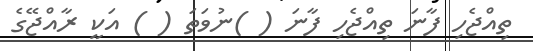
ތިއްޖެހި ފާނަ ތިއްޖެހި ފާނަ ( )ނުވަތަ ( ) އަކީ ރާއްޖޭގެ